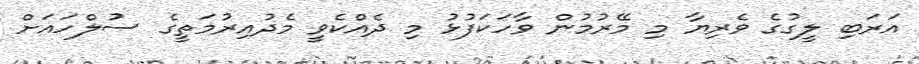
އަރަބި ލީގުގެ ވެރިޔާ މި މޭރުމުން ވާހަކަފުޅު މި ދެއްކެވީ މެދުއިރުމަތީގެ ސުލްހައަށް